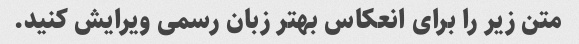
متن زیر را برای انعکاس بهتر زبان رسمی ویرایش کنید.